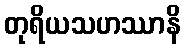
တုရိယသဟဿာနိ